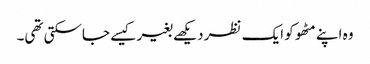
وہ اپنے مٹھو کو ایک نظر دیکھے بغیر کیسے جاسکتی تھی۔